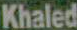
Khaled